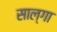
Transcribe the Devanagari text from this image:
साल्गा